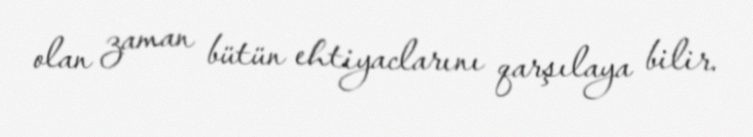
olan zaman bütün ehtiyaclarını qarşılaya bilir.